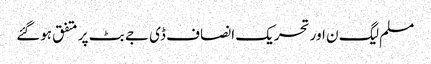
مسلم لیگ ن اور تحریک انصاف ڈی جے بٹ پر متفق ہوگئے